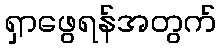
ရှာဖွေရန်အတွက်